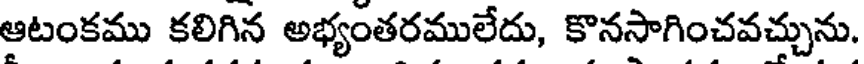
ఆటంకము కలిగిన అభ్యంతరములేదు, కొనసాగించవచ్చును.